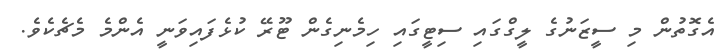
އެގޮތުން މި ސީޒަނުގެ ލީގްގައި ސިޓީގައި ހިމެނިގެން ޓޫރޭ ކުޅެފައިވަނީ އެންމެ މެޗެކެވެ.